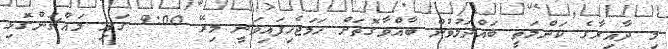
މި ދާއިރާގެ ކަންމަތީ ބައްދަލުވުން ބާއްވާގޮތަށް ހަމަޖެހިފައިވަނީ މިރޭ 9:00 ގައި މައްޗަންގޮޅި